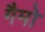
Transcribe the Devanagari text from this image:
गैमो